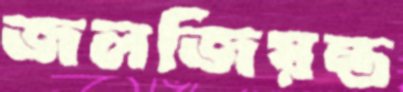
জলজিয়ন্ত